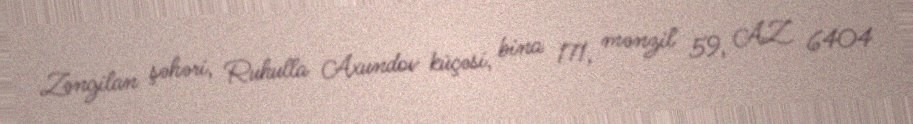
Zəngilan şəhəri, Ruhulla Axundov küçəsi, bina 171, mənzil 59, AZ 6404